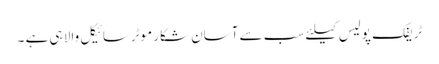
ٹریفک پولیس کیلئے سب سے آسان شکار موٹرسائیکل والا ہی ہے ۔